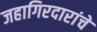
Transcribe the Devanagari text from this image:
जहागिरदारांचे